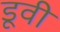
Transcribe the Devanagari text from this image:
डूवी